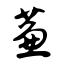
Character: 蒹